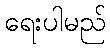
ရေးပါမည်